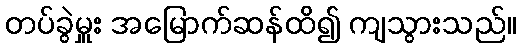
တပ်ခွဲမှူး အမြောက်ဆန်ထိ၍ ကျသွားသည်။